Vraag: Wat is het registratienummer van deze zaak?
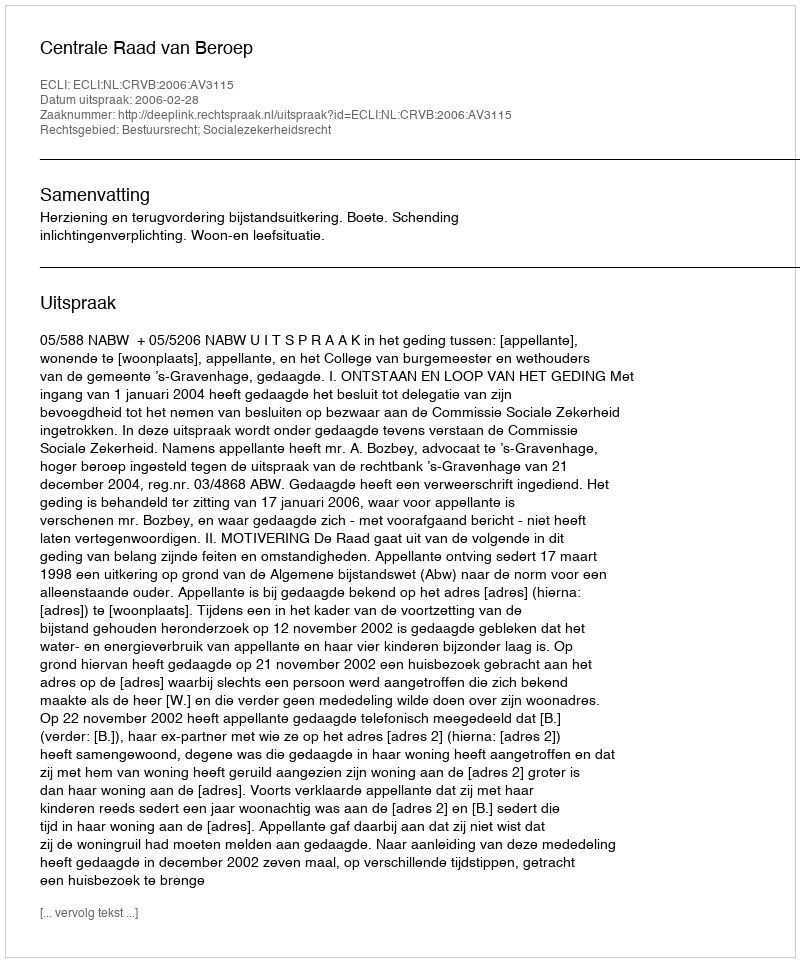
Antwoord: http://deeplink.rechtspraak.nl/uitspraak?id=ECLI:NL:CRVB:2006:AV3115